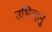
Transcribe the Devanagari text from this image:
उभिरहनु